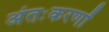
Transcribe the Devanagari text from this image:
अंतःकरणों